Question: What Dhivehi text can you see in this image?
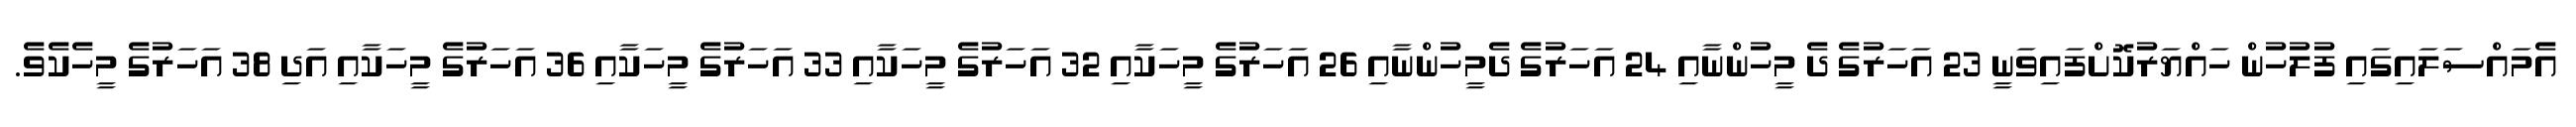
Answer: އެމައްސަލައިގައި ފުލުހުން ހައްޔަރުކޮށްފައިވަނީ 23 އަހަރުގެ ދެ މީހުންނާއި 24 އަހަރުގެ ދެމީހުންނާއި 26 އަހަރުގެ މީހަކާއި 32 އަހަރުގެ މީހަކާއި 33 އަހަރުގެ މީހަކާއި 36 އަހަރުގެ މީހަކާއި އަދި 38 އަހަރުގެ މީހެކެވެ.